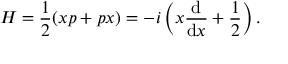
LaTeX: H = { \frac { 1 } { 2 } } ( x p + p x ) = - i \left( x { \frac { \mathrm { d } } { \mathrm { d } x } } + { \frac { 1 } { 2 } } \right) .